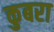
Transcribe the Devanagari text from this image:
कुबरा